Leaving Certificate Examination (including Day School Certificate (Higher) General paper), 1930
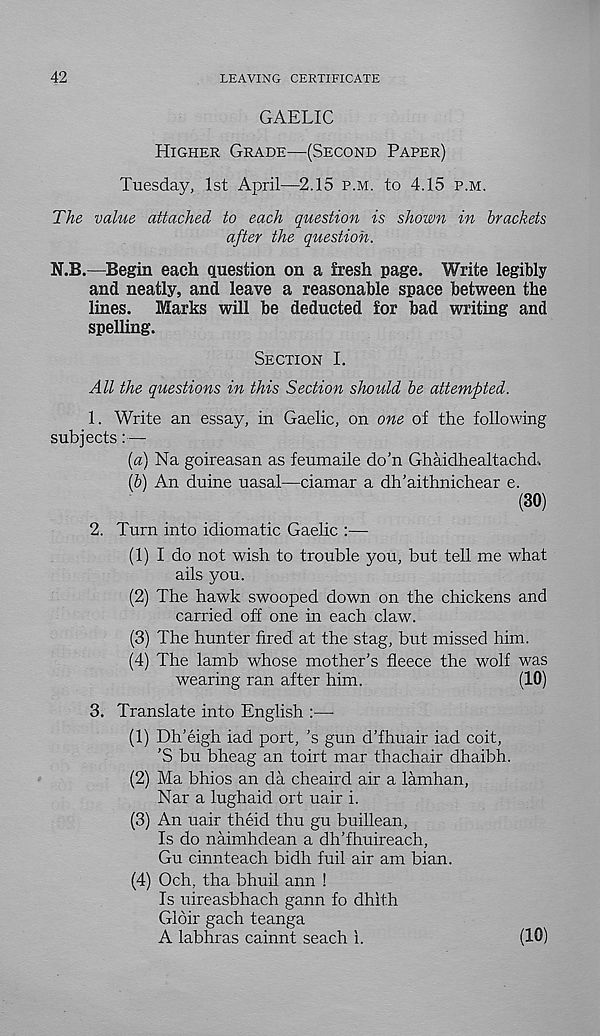
42
LEAVING CERTIFICATE
GAELIC
Higher Grade—(Second Paper)
Tuesday, 1st April—2.15 p.m. to 4.15 p.m.
The value attached to each question is shown in brackets
after the question.
N.B.—Begin each question on a fresh page. Write legibly
and neatly, and leave a reasonable space between the
lines.
Marks will be deducted for bad writing and
spelling.
Section I.
All the questions in this Section should be attempted.
1. Write an essay, in Gaelic, on one of the following
subjects:—
(a) Na goireasan as feumaile do’n Ghaidhealtachd.
(b) An duine uasal—ciamar a dh’aithnichear e.
(30)
2. Turn into idiomatic Gaelic :—
(1) I do not wish to trouble you, but tell me what
ails you.
(2) The hawk swooped down on the chickens and
carried off one in each claw.
(3) The hunter fired at the stag, but missed him.
(4) The lamb whose mother’s fleece the wolf was
wearing ran after him.
(10)
3. Translate into English :—-
(1) Dh’eigh iad port, ’s gun d’fhuair iad coit,
’S bu bheag an toirt mar thachair dhaibh.
(2) Ma bhios an da cheaird air a lamhan,
Nar a lughaid ort uair i.
(3) An uair theid thu gu buillean,
Is do naimhdean a dh’fhuireach,
Gu cinnteach bidh fuil air am bian.
(4) Och, tha bhuil ann !
Is uireasbhach gann fo dhith
Glbir gach teanga
A labhras cainnt seach i.
(10)